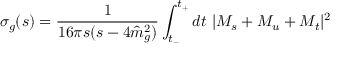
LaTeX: \sigma _ { g } ( s ) = { \frac { 1 } { 1 6 \pi s ( s - 4 { \hat { m } } _ { g } ^ { 2 } ) } } \int _ { t _ { - } } ^ { t _ { + } } d t \ \vert M _ { s } + M _ { u } + M _ { t } \vert ^ { 2 }